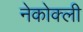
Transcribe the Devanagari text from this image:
नेकोक्ली